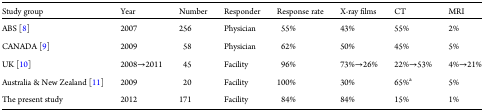
| Study group | Year | Number | Responder | Response rate | X-ray films | CT | MRI |
 | --- | --- | --- | --- | --- | --- | --- | --- |
 | ABS [8] | 2007 | 256 | Physician | 55% | 43% | 55% | 2% |
 | CANADA [9] | 2009 | 58 | Physician | 62% | 50% | 45% | 5% |
 | UK [10] | 2008→2011 | 45 | Facility | 96% | 73%→26% | 22%→53% | 4%→21% |
 | Australia & New Zealand [11] | 2009 | 20 | Facility | 100% | 30% | 65%a | 5% |
 | The present study | 2012 | 171 | Facility | 84% | 84% | 15% | 1% |